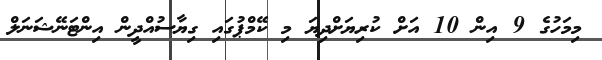
މިމަހުގެ 9 އިން 10 އަށް ކުރިޔަށްދިޔަ މި ކޭމްޕުގައި ގިޔާސުއްދީން އިންޓަނޭޝަނަލް